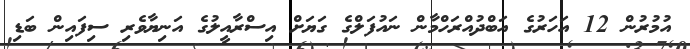
އުމުރުން 12 އަހަރުގެ އަބްދުއްރަހްމާން ނައުފަލްގެ ގަޔަށް އިސްރާއީލުގެ އަނިޔާވެރި ސިފައިން ބަޑި